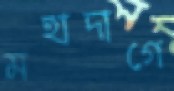
মহাদাগে